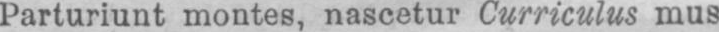
Parturiunt montes, nascetur Curriculus mus.